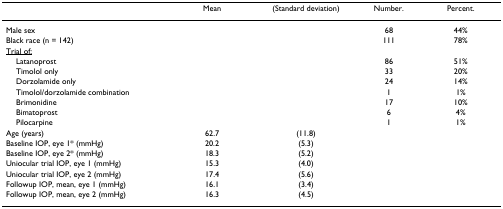
<table><thead><tr><td></td><td><b>Mean</b></td><td><b>(Standard deviation)</b></td><td><b>Number.</b></td><td><b>Per cent.</b></td></tr></thead><tbody><tr><td>Male sex</td><td></td><td></td><td>68</td><td>44%</td></tr><tr><td>Black race (n = 142)</td><td></td><td></td><td>111</td><td>78%</td></tr><tr><td><underline>Trial of:</underline></td><td></td><td></td><td></td><td></td></tr><tr><td> Latanoprost</td><td></td><td></td><td>86</td><td>51%</td></tr><tr><td> Timolol only</td><td></td><td></td><td>33</td><td>20%</td></tr><tr><td> Dorzolamide only</td><td></td><td></td><td>24</td><td>14%</td></tr><tr><td> Timolol/dorzolamide combination</td><td></td><td></td><td>1</td><td>1%</td></tr><tr><td> Brimonidine</td><td></td><td></td><td>17</td><td>10%</td></tr><tr><td> Bimatoprost</td><td></td><td></td><td>6</td><td>4%</td></tr><tr><td> Pilocarpine</td><td></td><td></td><td>1</td><td>1%</td></tr><tr><td>Age (years)</td><td>62.7</td><td>(11.8)</td><td></td><td></td></tr><tr><td>Baseline IOP, eye 1* (mmHg)</td><td>20.2</td><td>(5.3)</td><td></td><td></td></tr><tr><td>Baseline IOP, eye 2* (mmHg)</td><td>18.3</td><td>(5.2)</td><td></td><td></td></tr><tr><td>Uniocular trial IOP, eye 1 (mmHg)</td><td>15.3</td><td>(4.0)</td><td></td><td></td></tr><tr><td>Uniocular trial IOP, eye 2 (mmHg)</td><td>17.4</td><td>(5.6)</td><td></td><td></td></tr><tr><td>Followup IOP, mean, eye 1 (mmHg)</td><td>16.1</td><td>(3.4)</td><td></td><td></td></tr><tr><td>Followup IOP, mean, eye 2 (mmHg)</td><td>16.3</td><td>(4.5)</td><td></td><td></td></tr></tbody></table>